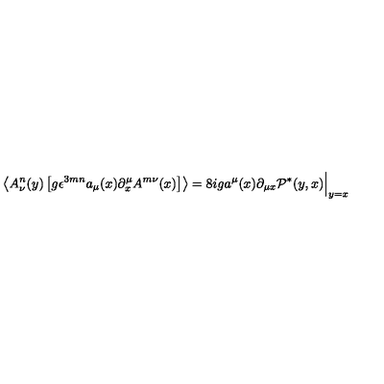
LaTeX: \left\langle A _ { \nu } ^ { n } ( y ) \left[ g \epsilon ^ { 3 m n } a _ { \mu } ( x ) \partial _ { x } ^ { \mu } A ^ { m \nu } ( x ) \right] \right\rangle = 8 i g a ^ { \mu } ( x ) \partial _ { \mu x } \mathcal P ^ { * } ( y , x ) \Bigr | _ { y = x }